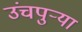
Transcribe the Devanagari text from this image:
उंचपुर्‍या